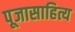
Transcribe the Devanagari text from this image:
पूजासाहित्य